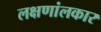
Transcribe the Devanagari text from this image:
लक्षणांलकार